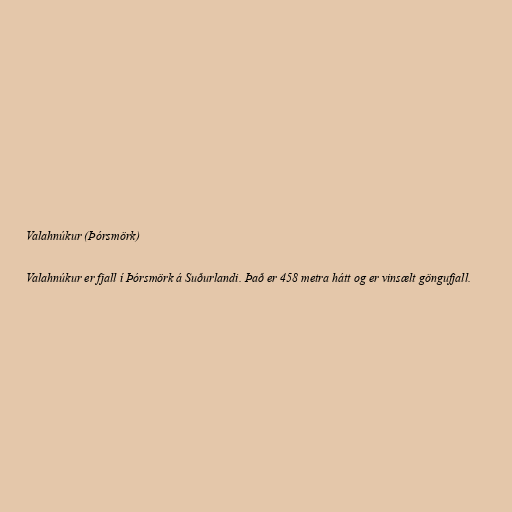
Valahnúkur (Þórsmörk)

Valahnúkur er fjall í Þórsmörk á Suðurlandi. Það er 458 metra hátt og er vinsælt göngufjall.